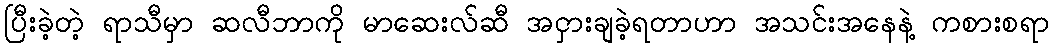
ပြီးခဲ့တဲ့ ရာသီမှာ ဆလီဘာကို မာဆေးလ်ဆီ အငှားချခဲ့ရတာဟာ အသင်းအနေနဲ့ ကစားစရာ